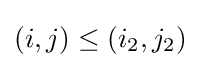
(i,j)\leq \left(i_{2},j_{2}\right)